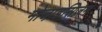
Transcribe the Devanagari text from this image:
मोजा़इसिज़म